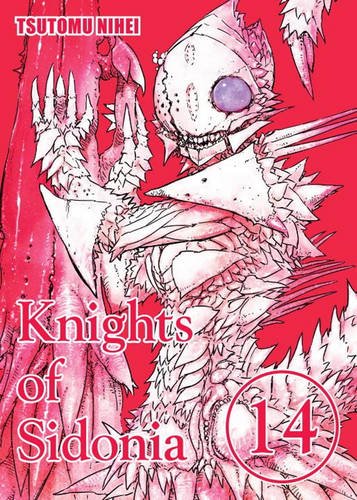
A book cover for Knights of Sidonia, Volume 14; Tsutomu Nihei; Comics & Graphic Novels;